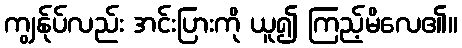
ကျွန်ုပ်လည်း အင်းပြားကို ယူ၍ ကြည့်မိလေ၏။